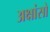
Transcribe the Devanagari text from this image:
अक्षांसो